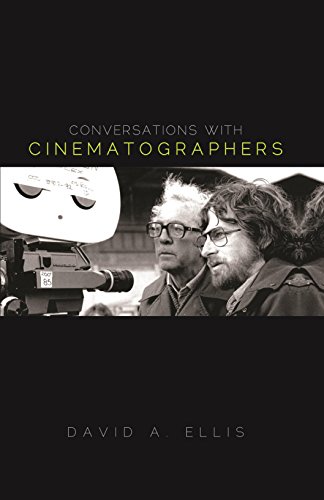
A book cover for Conversations with Cinematographers; David A. Ellis author of Conversations with Cinematographers; Arts & Photography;